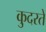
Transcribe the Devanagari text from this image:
कु़दरते